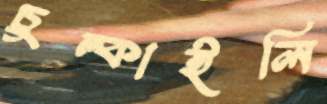
চুল্‌কাইলি